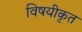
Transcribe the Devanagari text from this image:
विषयीकृत